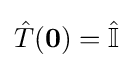
{\hat {T}}(\mathbf {0} )={\hat {\mathbb {I} }}